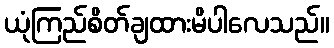
ယုံကြည်စိတ်ချထားမိပါလေသည်။